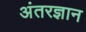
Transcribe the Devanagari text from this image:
अंतरज्ञान